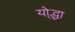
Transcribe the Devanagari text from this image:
यो्द्धा